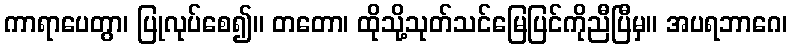
ကာရာပေတွာ၊ ပြုလုပ်စေ၍။ တတော၊ ထိုသို့သုတ်သင်မြေပြင်ကိုညီပြီမှ။ အပရဘာဂေ၊